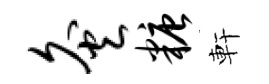
灸糖軒